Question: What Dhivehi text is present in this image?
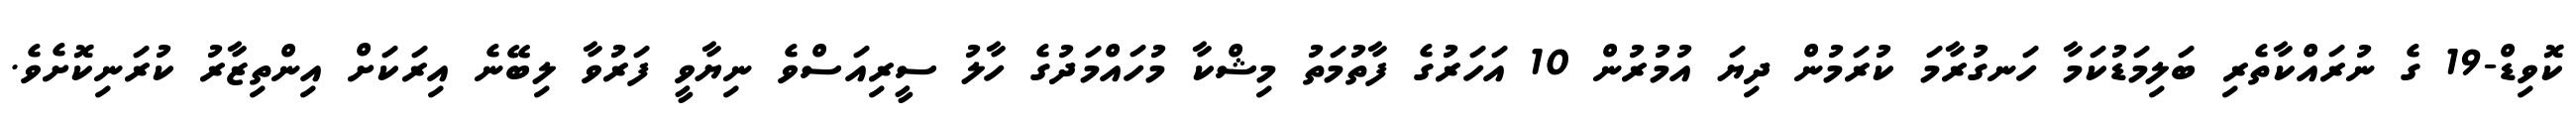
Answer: ކޮވިޑް-19 ގެ ނުރައްކާތެރި ބަލިމަޑުކަމާ ހަނގުރާމަ ކުރަމުން ދިޔަ އުމުރުން 10 އަހަރުގެ ފާތުމަތު މިޝްކާ މުހައްމަދުގެ ހާލު ސީރިއަސްވެ ނިޔާވީ ފަރުވާ ލިބޭނެ އިރަކަށް އިންތިޒާރު ކުރަނިކޮށެވެ.